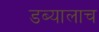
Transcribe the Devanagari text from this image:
डब्यालाच